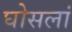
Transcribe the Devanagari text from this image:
घोसलां